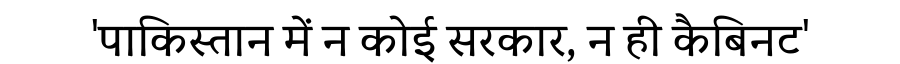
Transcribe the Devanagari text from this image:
'पाकिस्तान में न कोई सरकार, न ही कैबिनट'